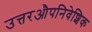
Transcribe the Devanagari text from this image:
उत्तरऔपनिवेशिक